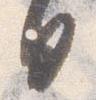
日